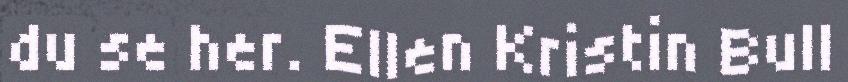
du se her. Ellen Kristin Bull